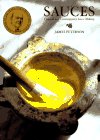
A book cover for Sauces: Classical and Contemporary Sauce Making; James Peterson; Cookbooks, Food & Wine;